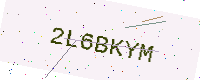
Text: 2L6BKYM